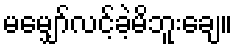
မမျှော်လင့်ခဲ့မိဘူးချေ။